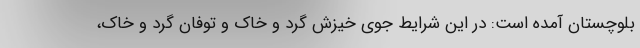
بلوچستان آمده است: در این شرایط جوی خیزش گرد و خاک و توفان گرد و خاک،